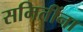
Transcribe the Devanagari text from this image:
समितींना